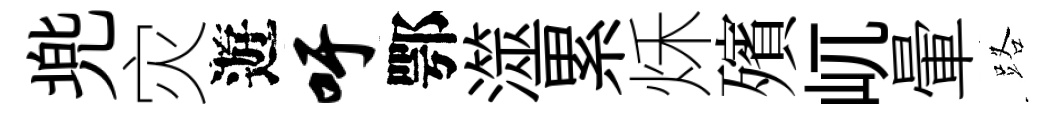
兠灾遊吁鄂澨累秌殯屼暈路